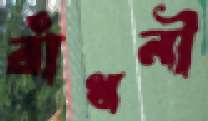
রাঁধনী